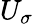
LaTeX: U_{\sigma}